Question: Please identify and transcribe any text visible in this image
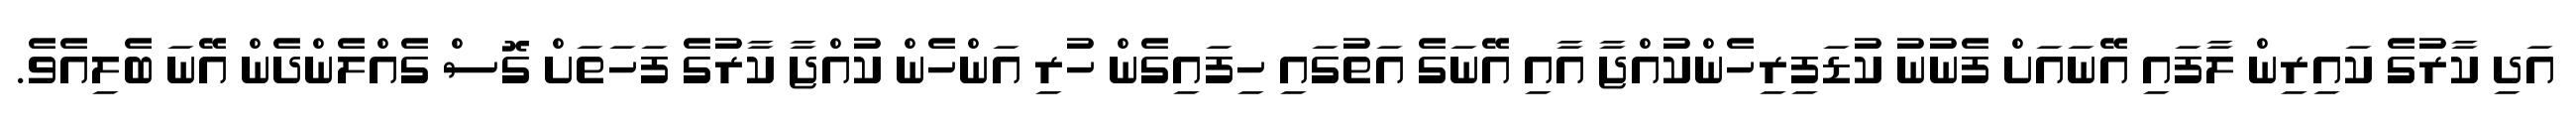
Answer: އަދި ކާރުގެ ކައިރިން ލާފައި އޭނައަށް ފެނުނު ކުޑަފިރިހެންކުއްޖާ އާއި އޭނަގެ އަތުގައި ހިފައިގެން ހުރި އަންހެން ކުއްޖާ ކާރުގެ ފަހަތަށް ގޮސް ގެއްލެންދެން އޭނަ ބެލިއެވެ.